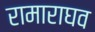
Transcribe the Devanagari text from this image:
रामाराघव